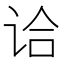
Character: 𰵣